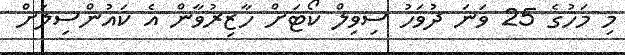
މި މަހުގެ 25 ވަނަ ދުވަހު ސިވިލް ކޯޓަށް ހާޒިރުވާން އެ ކައުންސިލަށް